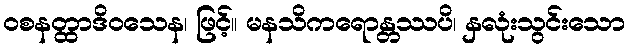
ဝစနတ္ထာဒိဝသေန၊ ဖြင့်။ မနသိကရောန္တဿပိ၊ နှလုံးသွင်းသော